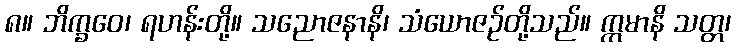
၈။ ဘိက္ခဝေ၊ ရဟန်းတို့။ သညောဇနာနိ၊ သံယောဇဉ်တို့သည်။ ဣမာနိ သတ္တ၊